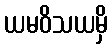
ယမဝိသယမှိ